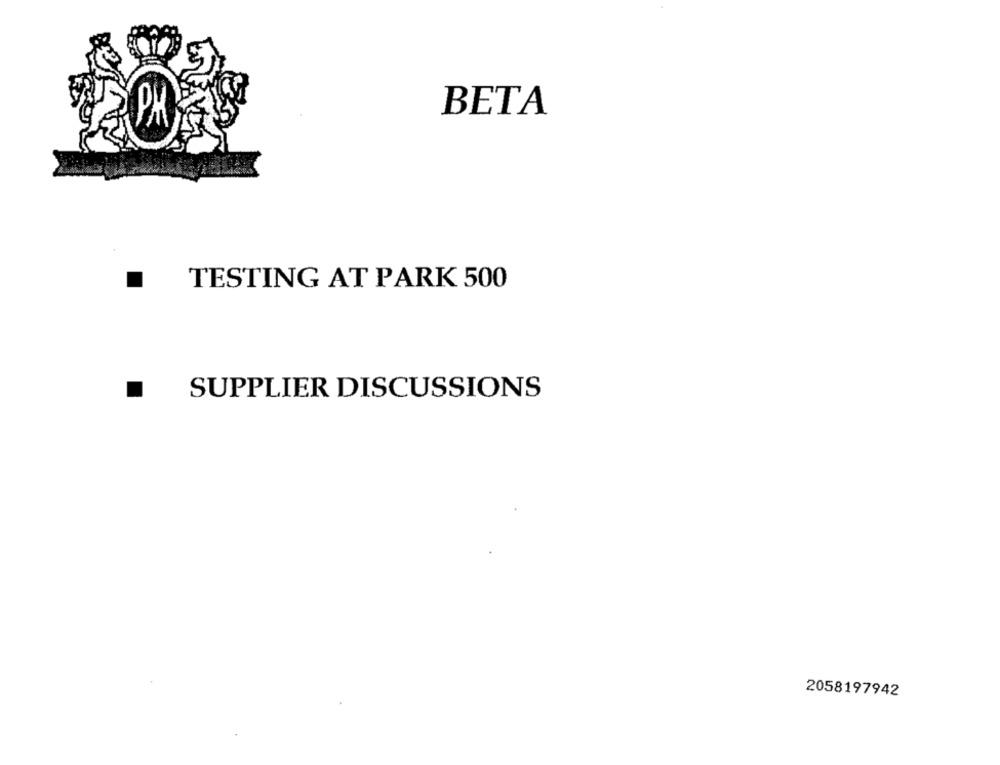
BETA
TESTING AT PARK 500
SUPPLIER DISCUSSIONS
2058197942